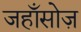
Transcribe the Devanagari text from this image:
जहाँसोज़